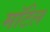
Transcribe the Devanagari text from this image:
मॉटेल